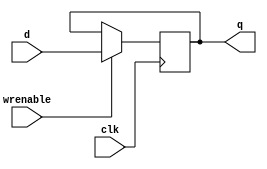
// From https://github.com/CompArchFA19/hw4-vscheyer

// Single-bit D Flip-Flop with enable
// Positive edge triggered
module register
(
output reg	q,
input		d,
input		wrenable,
input		clk
);

    always @(posedge clk) begin
        if(wrenable) begin
            q <= d;
        end
    end

endmodule

module register32
(
  output [31:0] q,
  input  [31:0] d,
  input  wrenable,
  input  clk
);

// instantiate 32 flip flops
  generate
  genvar i;
  for (i=0; i<32; i=i+1) begin
      register regSuzie (.d(d[i]),.wrenable(wrenable),.clk(clk),.q(q[i]));
  end
  endgenerate

endmodule


module register32zero
(
  output [31:0] q,
  input  [31:0] d,
  input  wrenable,
  input  clk
);

// register regSuzie (.d(d),.wrenable(wrenable),.clk(clk),.q(q[0]));

// instantiate 32 flip flops
  generate
  genvar i;
  for (i=0; i<32; i=i+1) begin
      register regSuzie (.d(1'b0),.wrenable(wrenable),.clk(clk),.q(q[i]));
  end
  endgenerate



endmodule